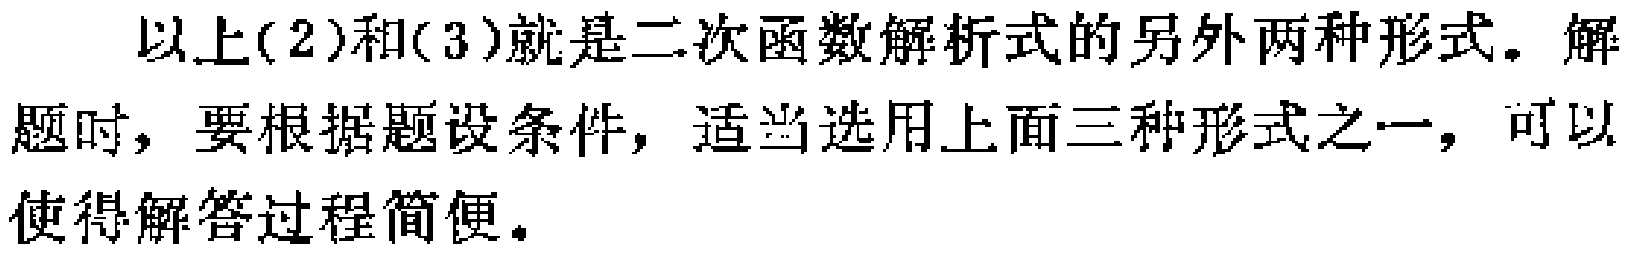
以上(2)和(3)就是二次函数解析式的另外两种形式。解题时，要根据题设条件，适当选用上面三种形式之一，可以使得解答过程简便。